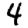
Digit: 4